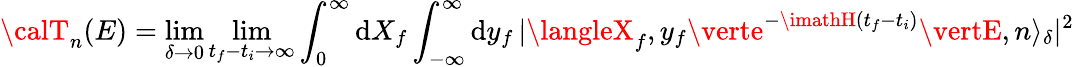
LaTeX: {\calT}_{n}(E)=\operatorname*{lim}_{\delta\to0}\operatorname*{lim}_{t_{f}-t_{i}\to\infty}\int_{0}^{\infty}\mathrm{d}X_{f}\int_{-\infty}^{\infty}\mathrm{d}y_{f}\, \vert\langleX_{f},y_{f}\verte^{-\imathH(t_{f}-t_{i})}\vertE,n\rangle_{\delta}\vert^{2}